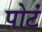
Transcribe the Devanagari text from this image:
पोटं